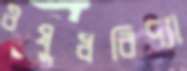
ওষুধবিদ্যা